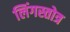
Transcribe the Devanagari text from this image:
लिंगस्तोत्र